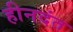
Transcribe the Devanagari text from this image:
हीनदंत